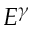
E ^ { \gamma }